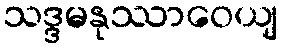
သဒ္ဒမနုဿာဝေယျ